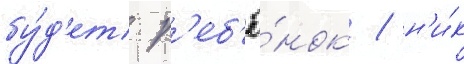
бу́д'ет р'еб'ё́нок / н'и́к